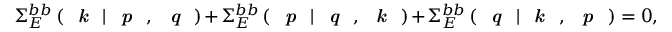
\Sigma _ { E } ^ { b b } \left( \textit { \textbf { k } } | \textit { \textbf { p } } , \textit { \textbf { q } } \right) + \Sigma _ { E } ^ { b b } \left( \textit { \textbf { p } } | \textit { \textbf { q } } , \textit { \textbf { k } } \right) + \Sigma _ { E } ^ { b b } \left( \textit { \textbf { q } } | \textit { \textbf { k } } , \textit { \textbf { p } } \right) = 0 ,